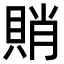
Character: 𧶈